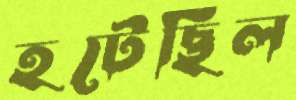
হটেছিল